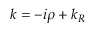
k = - i \rho + k _ { R }